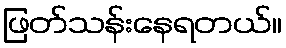
ဖြတ်သန်းနေရတယ်။